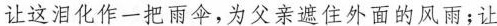
让这泪化作一把雨伞，为父亲遮住外面的风雨；让